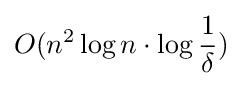
O(n^{2}\log n\cdot \log {\frac {1}{\delta }})